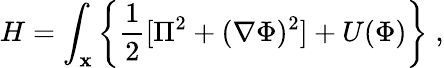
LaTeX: H=\int_{\mathbf x}\left\{ \frac{1}{2}[\Pi^{2}+({\mathbf\nabla}\Phi)^{2}]+U(\Phi)\right\} \; ,